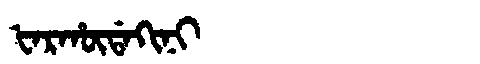
Manchu: ᡶᠠᡵᡥᡡᡩᠠᡴᡳᠨᡳ
Romanization: FARHŪDAKINI